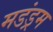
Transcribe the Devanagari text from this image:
मडंड्रम